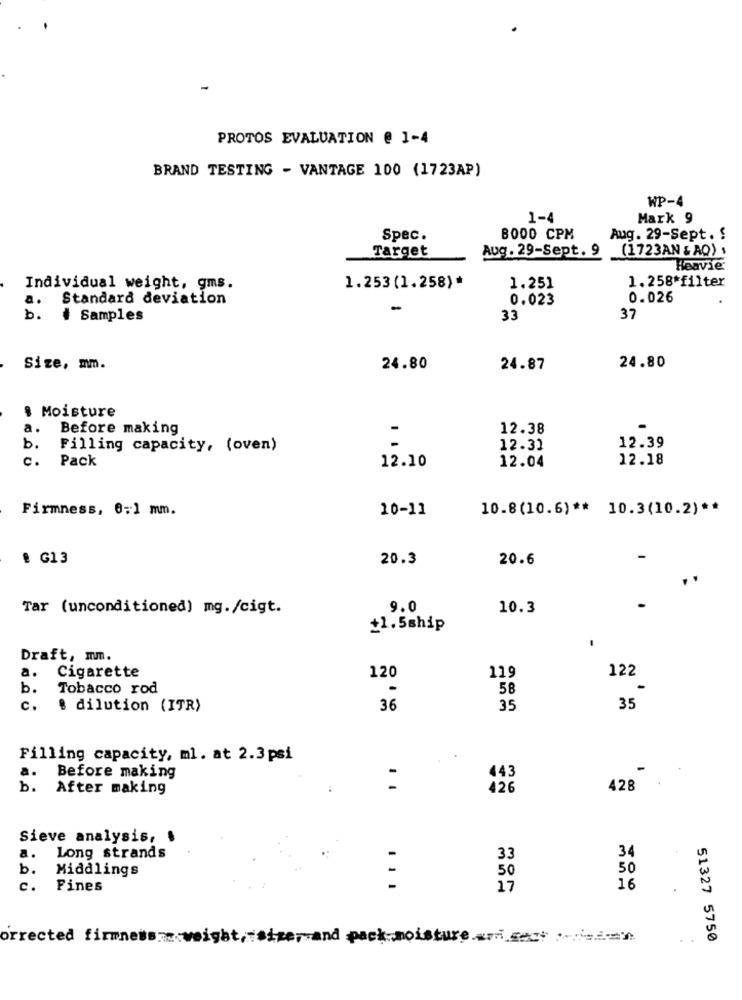
PROTOS EVALUATION @ 1-4
BRAND TESTING - VANTAGE 100 (1723AP)
WP-4
1-4
Mark 9
Spec.
BOOO CPM
Aug. 29-Sept. !
Target
Aug. 29-Sept. 9
(1723AN & AO) .
Heavie
1.258*filter
Individual weight, gms.
1.253(1.258)*
1.251
a.
Standard deviation
0.023
0.026
-
b.
# Samples
33
37
24.80
Size, mm.
24.80
24.87
$ Moisture
a.
Before making
-
12.38
b.
Filling capacity, (oven)
12.31
12.39
c .
Pack
12.10
12.04
12.18
Firmness, 0:1 mm.
10-11
10.8(10.6) ** 10.3(10.2) **
# G13
20.3
20.6
Tar (unconditioned) mg./cigt.
9.0
10.3
+1.5ship
Draft, mm.
Cigarette
120
119
122
a.
b.
Tobacco rod
58
c.
& dilution (ITR)
36
35
35
Filling capacity, ml. at 2.3 psi
a.
443
-
Before making
b.
After making
426
428
Sieve analysis,
34
a.
Long strands
33
b.
Middlings
50
50
c. Fines
-
17
16
orrected firmness weight,size, and pack moisture
51327 5750